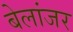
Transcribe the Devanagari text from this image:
बेलांजर